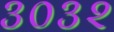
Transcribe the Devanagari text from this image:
३०३२